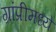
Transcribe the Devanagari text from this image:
ग्रांप्रीमध्ये